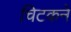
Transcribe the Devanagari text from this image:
चिटकने